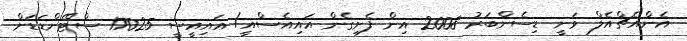
އެންއެޗްއެލް ވަނީ ޑިސެންބަރު 2008 އިން ފެށިގެން އައިއެސްއީ/ އައިއީސީ 17025 ސްޓޭންޑަޑަށް